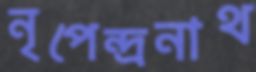
নৃপেন্দ্রনাথ